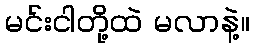
မင်းငါတို့ထဲ မလာနဲ့။